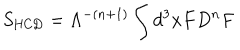
LaTeX: S _ { \mathrm { H C D } } = { \Lambda ^ { - ( n + 1 ) } } \int d ^ { 3 } x F D ^ { n } F